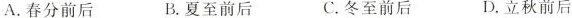
A.春分前后B.夏至前后C.冬至前后 D.立秋前后